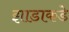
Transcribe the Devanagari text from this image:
झाडाकडे